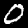
Digit: 0